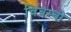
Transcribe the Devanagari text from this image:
चिंबम्बो